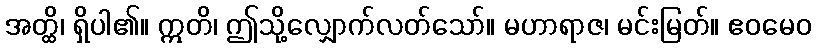
အတ္ထိ၊ ရှိပါ၏။ ဣတိ၊ ဤသို့လျှောက်လတ်သော်။ မဟာရာဇ၊ မင်းမြတ်။ ဧဝမေဝ